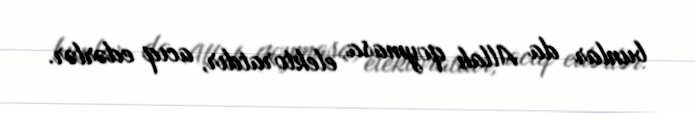
bunlar da Allah qoymasa, elektoratdır, acıq edərlər.